Scottish Leaving Certificate Examination, 1960
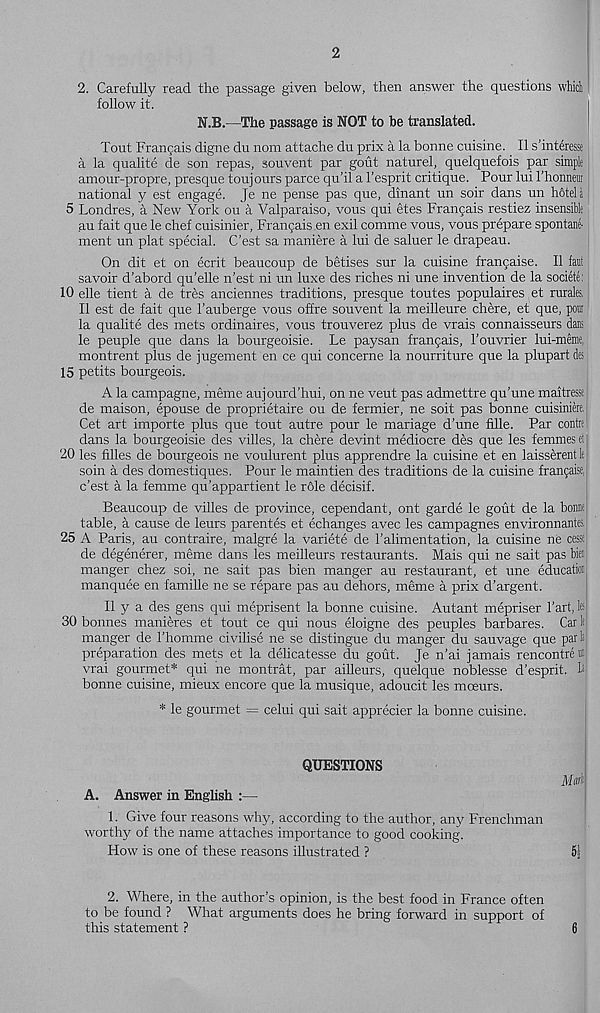
2
2. Carefully read the passage given below, then answer the questions whicl
follow it.
N.B.—The passage is NOT to be translated.
Tout Franfais digne du nom attache du prix a la bonne cuisine. II s’interesse
a la qualite de son repas, souvent par gout naturel, quelquefois par simple
amour-propre, presque toujours parce qu’il a 1’esprit critique. Pour lui rhonneur
national y est engage. Je ne pense pas que, dinant un soir dans un hotel a
5 Londres, a New York ou a Valparaiso, vous qui etes Franjais restiez insensible
au fait que le chef cuisinier, Fran^ais en exil comme vous, vous prepare spontane-
ment un plat special. C’est sa maniere a lui de saluer le drapeau.
On dit et on ecrit beaucoup de betises sur la cuisine frampaise. II fait
savoir d’abord qu’elle n’est ni un luxe des riches ni une invention de la societe:
10 die tient a de tres anciennes traditions, presque toutes populaires et rurales,
II est de fait que 1’auberge vous offre souvent la meilleure chere, et que, pon
la qualite des mets ordinaires, vous trouverez plus de vrais connaisseurs dans
le peuple que dans la bourgeoisie. Le paysan franfais, 1’ouvrier lui-meme,
montrent plus de jugement en ce qui concerne la nourriture que la plupart des
15 petits bourgeois.
A la campagne, meme aujourd’hui, on ne veut pas admettre qu’une maitressf
de maison, epouse de proprietaire ou de fermier, ne soit pas bonne cuisiniere,
Cet art importe plus que tout autre pour le mariage d’une fille. Par contr
dans la bourgeoisie des villes, la chere devint mediocre des que les femmes el
20 les filles de bourgeois ne voulurent plus apprendre la cuisine et en laisserent le
soin a des domestiques. Pour le maintien des traditions de la cuisine franfaise,
c’est a la femme qu’appartient le r6le decisif.
Beaucoup de villes de province, cependant, ont garde le gout de la borne
table, a cause de leurs parentes et echanges avec les campagnes environnantes,
25 A Paris, au contraire, malgre la variete de 1’alimentation, la cuisine ne cesst
de degenerer, meme dans les meilleurs restaurants. Mais qui ne sait pas bleu
manger chez soi, ne sait pas bien manger au restaurant, et une education
manquee en famille ne se repare pas au dehors, meme a prix d’argent.
II y a des gens qui meprisent la bonne cuisine. Autant mepriser 1’art, fc
30 bonnes manieres et tout ce qui nous eloigne des peuples barbares. Car If
manger de Fhomme civilise ne se distingue du manger du sauvage que part
preparation des mets et la delicatesse du gout. Je n’ai jamais rencontre««
vrai gourmet* qui ne montrat, par ailleurs, quelque noblesse d’esprit. t
bonne cuisine, mieux encore que la musique, adoucit les mceurs.
* le gourmet = celui qui sait apprecier la bonne cuisine.
QUESTIONS
A. Answer in English :—
1. Give four reasons why, according to the author, any Frenchman
worthy of the name attaches importance to good cooking.
How is one of these reasons illustrated ?
51
2. Where, in the author’s opinion, is the best food in France often
to be found ? What arguments does he bring forward in support of
this statement ?
6